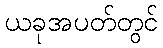
ယခုအပတ်တွင်